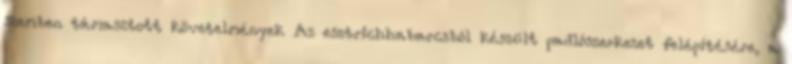
szemben támasztott követelmények Az esztrichhabarcsból készült padlószerkezet felépítésére, a